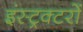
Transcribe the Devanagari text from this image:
इंस्ट्रक्टरों